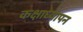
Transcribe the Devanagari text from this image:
कक्षाध्यापन